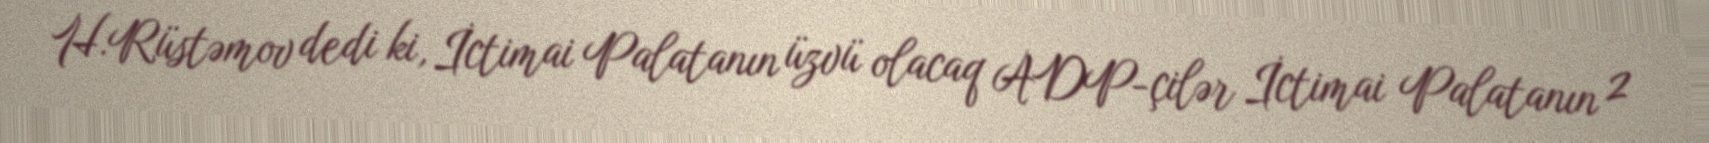
H.Rüstəmov dedi ki, İctimai Palatanın üzvü olacaq ADP-çilər İctimai Palatanın 2